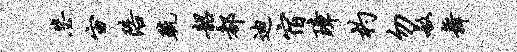
毖宙陪疏韶都迪宿璋杓勿敏舞